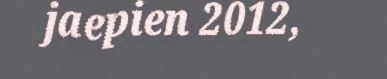
jaepien 2012,